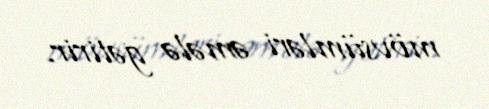
mövsümləri əmələ gətirir.